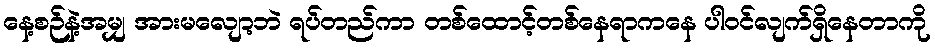
နေ့စဉ်နဲ့အမျှ အားမလျော့ဘဲ ရပ်တည်ကာ တစ်ထောင့်တစ်နေရာကနေ ပါဝင်လျက်ရှိနေတာကို